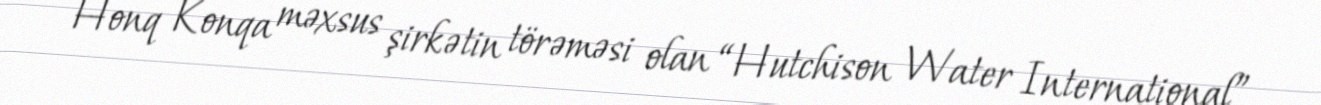
Honq Konqa məxsus şirkətin törəməsi olan “Hutchison Water International”